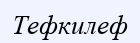
Тефкилеф